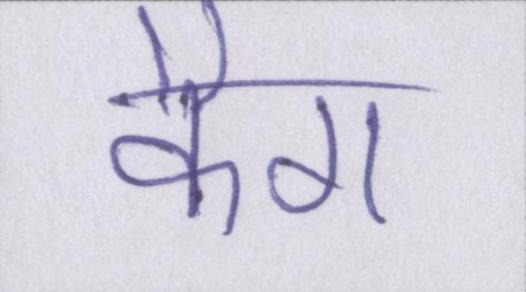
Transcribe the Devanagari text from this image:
कैग